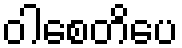
ဝါစေတိပေ